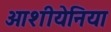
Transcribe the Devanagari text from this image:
ओशीयेनिया